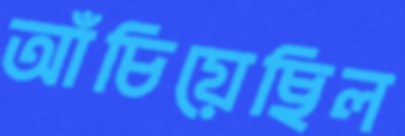
আঁচিয়েছিল